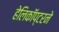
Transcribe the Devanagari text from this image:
हेलिकॉप्टरने